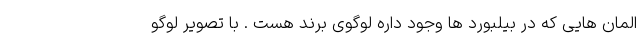
المان هایی که در بیلبورد ها وجود داره لوگوی برند هست . با تصویر لوگو